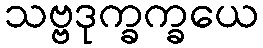
သဗ္ဗဒုက္ခက္ခယေ